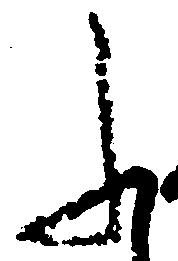
ふ